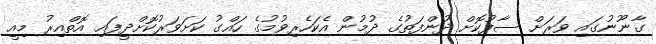
ގާނޫނުގައި ވަރަށް ސާފުކޮށް ދުންފަތުގެ ދުމުން އެކަހެރިވުމުގެ ހައްގު ކަށަވަރުކޮށްދީފައި އޮތްއިރު މިއީ